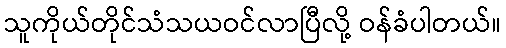
သူကိုယ်တိုင်သံသယဝင်လာပြီလို့ ဝန်ခံပါတယ်။